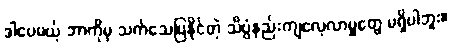
ဒါပေမယ့် ဘာကိုမှ သက်သေပြနိုင်တဲ့ သိပ္ပံနည်းကျလေ့လာမှုတွေ မရှိပါဘူး။